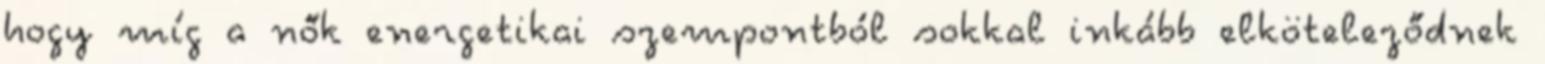
hogy míg a nők energetikai szempontból sokkal inkább elköteleződnek